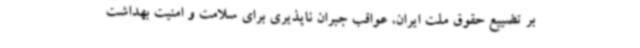
بر تضییع حقوق ملت ایران، عواقب جبران ناپذیری برای سلامت و امنیت بهداشت